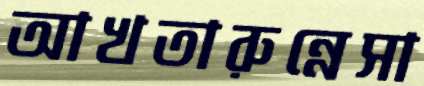
আখতারুন্নেসা